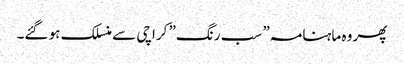
پھر وہ ماہنامہ” سب رنگ” کراچی سے منسلک ہو گئے۔